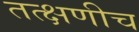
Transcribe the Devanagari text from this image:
तत्क्षणीच